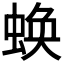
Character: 𧎑